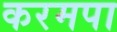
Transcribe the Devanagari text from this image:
करमपा